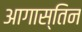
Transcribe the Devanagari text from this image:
आगास्तिन